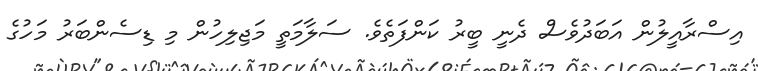
އިސްރާއީލުން އަބަދުވެސް ދެނީ ބީރު ކަންފަތެވެ. ސަލާމަތީ މަޖިލިހުން މި ޑިސެންބަރު މަހުގެ